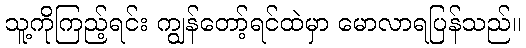
သူ့ကိုကြည့်ရင်း ကျွန်တော့်ရင်ထဲမှာ မောလာရပြန်သည်။